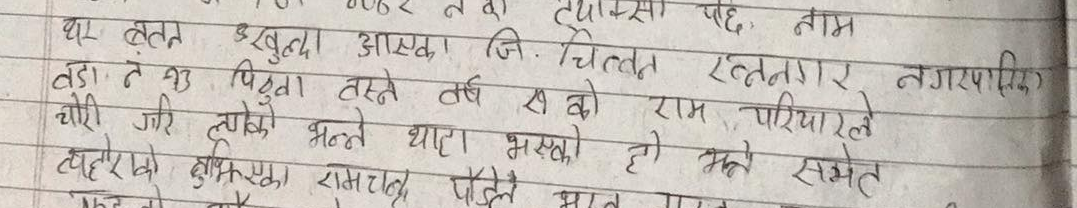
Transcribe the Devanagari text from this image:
२०६२ न वा तथा पछि. नाम
घर बतन खकुल्दा आएका जि. चितवन रत्ननगर नगरपालिका
वडा न १३ पिठुवा तस्तै वर्ष स को राम परियारले
चोरी गरि लुकाएको भन्ने धारा भएको हो भन्ने समेत
त्यहीँको बुझिएका रामचन्द्र पौडेल
भएकाले